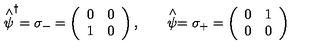
\stackrel { \wedge } { \psi } ^ { \dagger } = \sigma _ { - } = \left( \begin{array} { c c } { 0 } & { 0 } \\ { 1 } & { 0 } \\ \end{array} \right) , \qquad \stackrel { \wedge } { \psi } = \sigma _ { + } = \left( \begin{array} { c c } { 0 } & { 1 } \\ { 0 } & { 0 } \\ \end{array} \right)